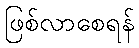
ဖြစ်လာစေရန်